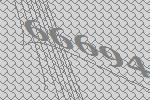
66694